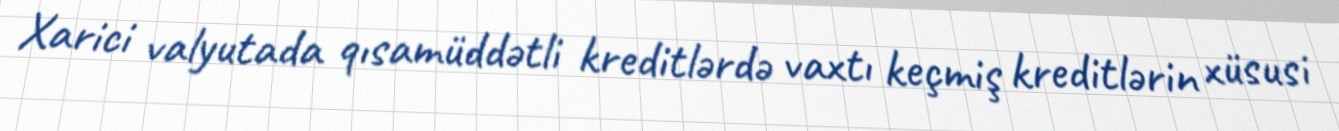
Xarici valyutada qısamüddətli kreditlərdə vaxtı keçmiş kreditlərin xüsusi